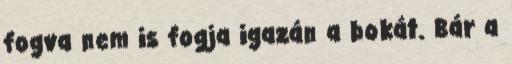
fogva nem is fogja igazán a bokát. Bár a